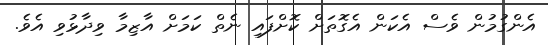
އެންގުމުން ވެސް އެކަން އެގޮތަށް ކޮށްފައި ނެތް ކަމަށް އާޒިމާ ވިދާޅުވި އެވެ.